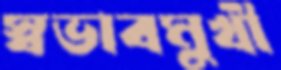
স্বভাবমুখী